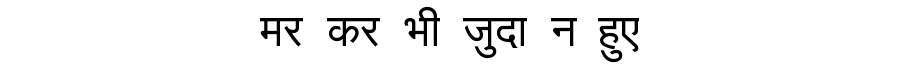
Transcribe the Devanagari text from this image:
मर कर भी जुदा न हुए